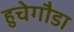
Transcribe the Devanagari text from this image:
हुचेगौडा